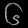
Digit: ၆